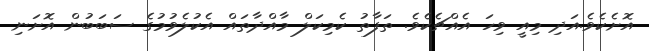
އޮށެކެވެ.އަދި މިއީ ވިހަ އެއްޗެކެވެ. ތަފާތު ކެމިކަލް މާއްދާތައް އެކުލެވުމުގެ ސަބަބުން އޮށަނި